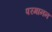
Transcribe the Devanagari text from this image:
परमानन